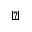
\backepsilon